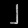
Digit: ၂